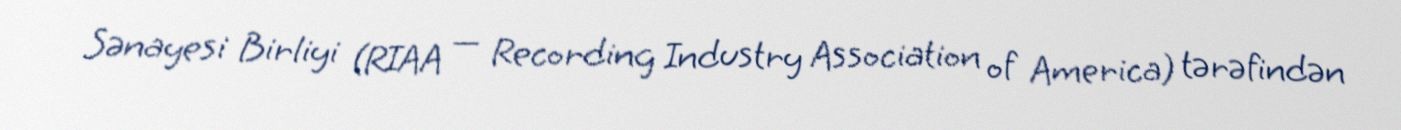
Sənayesi Birliyi (RIAA — Recording Industry Association of America) tərəfindən